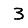
Digit: 3